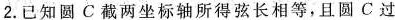
2.已知圆C截两坐标轴所得弦长相等，且圆C过